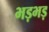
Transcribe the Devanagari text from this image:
भड़भड़